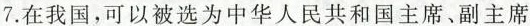
7.在我国，可以被选为中华人民共和国主席，副主席